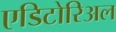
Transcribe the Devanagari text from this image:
एडिटोरिअल